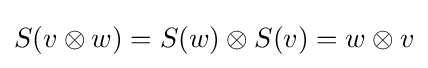
S(v\otimes w)=S(w)\otimes S(v)=w\otimes v